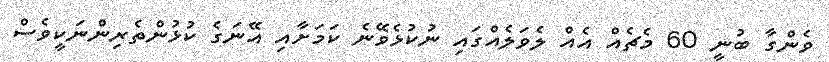
ވެންގާ ބުނީ 60 މެޗެއް އެއް ލެވަލެއްގައި ނުކުޅެވޭނެ ކަމަށާއި އޭނަގެ ކުޅުންތެރިންނަކީވެސް